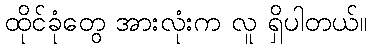
ထိုင်ခုံတွေ အားလုံးက လူ ရှိပါတယ်။